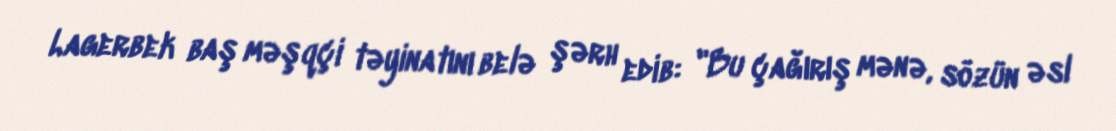
Lagerbek baş məşqçi təyinatını belə şərh edib: "Bu çağırış mənə, sözün əsl